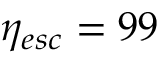
\eta _ { e s c } = 9 9 \